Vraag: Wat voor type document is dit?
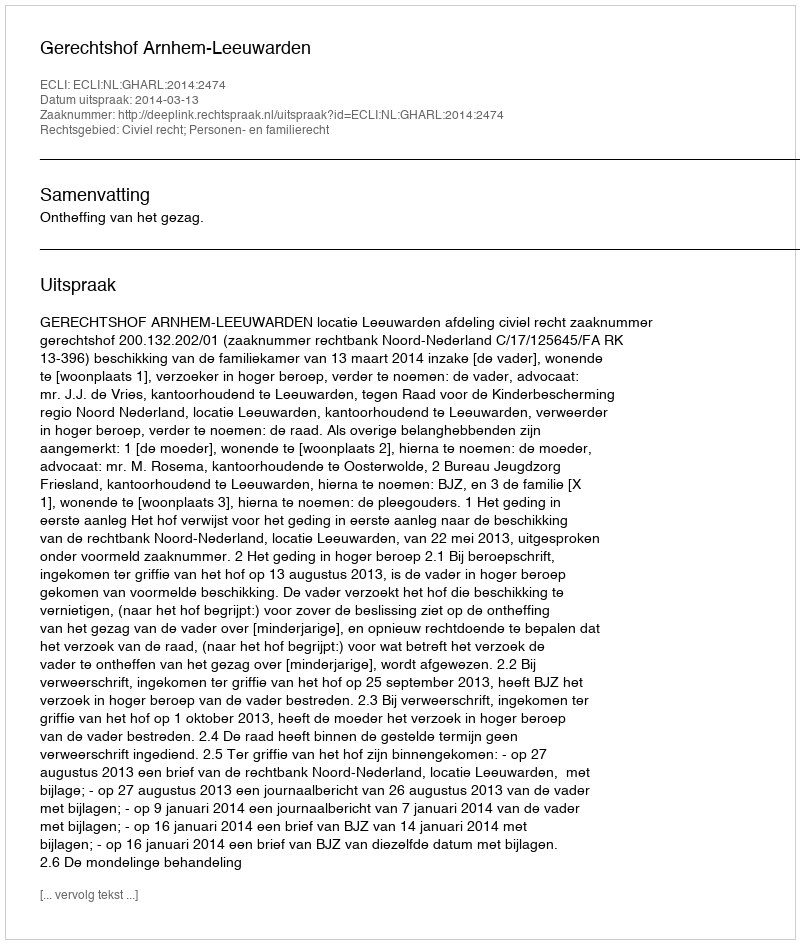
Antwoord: Uitspraak